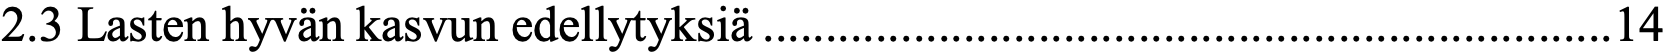
2.3 Lasten hyvän kasvun edellytyksiä .................................................................... 14